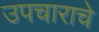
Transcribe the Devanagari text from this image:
उपचाराचे